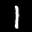
Label: 1